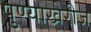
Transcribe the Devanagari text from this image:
पुण्याखेरीज